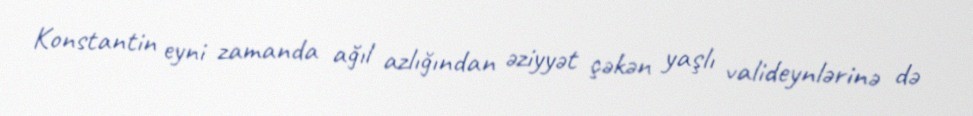
Konstantin eyni zamanda ağıl azlığından əziyyət çəkən yaşlı valideynlərinə də